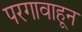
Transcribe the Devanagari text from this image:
परगावाहून